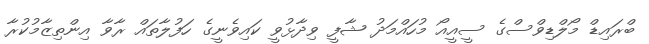
ބްރައިޑް މޯލްޑިވްސްގެ ސީއީއޯ މުހައްމަދު ޝާފީ ވިދާޅުވީ ކައިވެނީގެ ހަފުލާތައް ރާވާ އިންތިޒާމުކުރާ